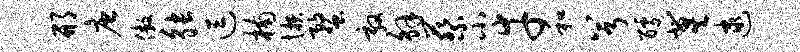
邢唐傲觖逗楠懒蝥敦解蔡小幸和兮醵冀逮